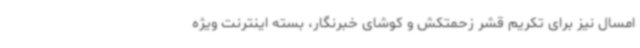
امسال نیز برای تکریم قشر زحمتکش و کوشای خبرنگار، بسته اینترنت ویژه